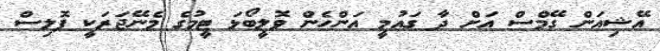
އޭޝިއަން ގޭމްސް އަށް ދާ ގައުމީ އަންހެން ވޮލީބޯޅަ ޓީމުގެ މެނޭޖަރަކީ ޕޮލިސް